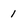
Character: 1